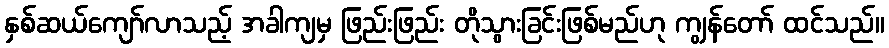
နှစ်ဆယ်ကျော်လာသည့် အခါကျမှ ဖြည်းဖြည်း တိုသွားခြင်းဖြစ်မည်ဟု ကျွန်တော် ထင်သည်။